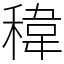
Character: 稦